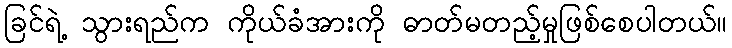
ခြင်ရဲ့ သွားရည်က ကိုယ်ခံအားကို ဓာတ်မတည့်မှုဖြစ်စေပါတယ်။